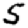
Digit: 5